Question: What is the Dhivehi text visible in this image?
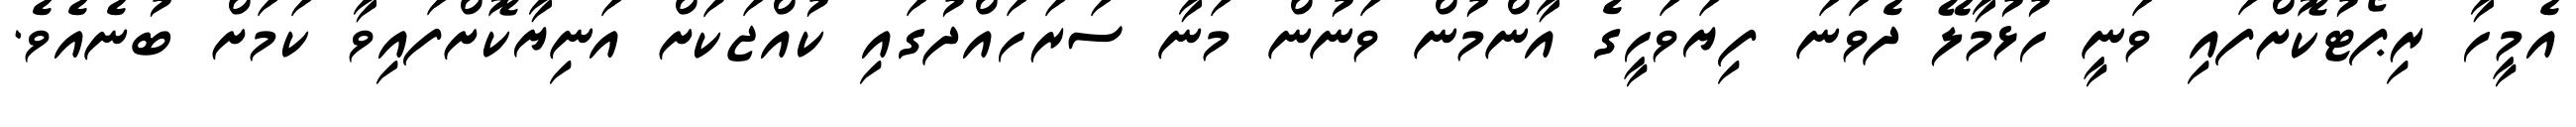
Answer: އެމީހާ ރިޕޯޓުކޮށްފައި ވަނީ ހުޅުމާލޭ ދެވަނަ ފިޔަވަހީގެ އާންމުން ވަނުން މަނާ ސަރަހައްދުގައި ކުއްޖަކަށް އަނިޔާކޮށްފައިވާ ކަމަށް ބުނެއެވެ.